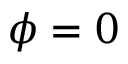
\phi = 0